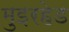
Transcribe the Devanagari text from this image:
मुइरहेड